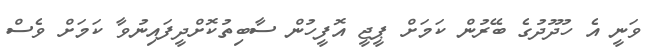
ވަނީ އެ ހުދޫދުގެ ބޭރުން ކަމަށް ޕީޖީ އޮފީހުން ސާބިތުކޮށްދީފައިނުވާ ކަމަށް ވެސް